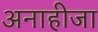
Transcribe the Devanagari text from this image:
अनाहीजा